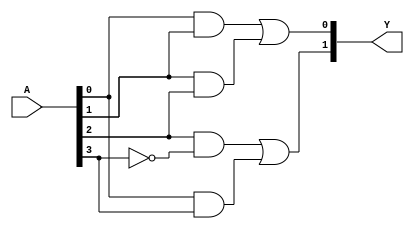
module FusedPAL (
    input wire [N-1:0] A, // N binary inputs
    output wire [M-1:0] Y // M binary outputs
);

// Parameters for the number of inputs and outputs
parameter N = 4; // Number of inputs (A1, A2, A3, A4)
parameter M = 2; // Number of outputs (Y1, Y2)

// Fixed AND gates (example configuration)
wire and_out0, and_out1, and_out2, and_out3;

// AND gate implementations (fixed connections)
assign and_out0 = A[0] & A[1];           // AND gate 0
assign and_out1 = A[1] & A[2];           // AND gate 1
assign and_out2 = A[2] & ~A[3];          // AND gate 2
assign and_out3 = A[0] & A[3];           // AND gate 3

// Programmable OR array (example configuration)
wire or_out0, or_out1;

// Example of programmable connections (can be modified for different logic functions)
assign or_out0 = and_out0 | and_out1;    // OR gate 0
assign or_out1 = and_out2 | and_out3;    // OR gate 1

// Final outputs
assign Y[0] = or_out0; // Output Y1
assign Y[1] = or_out1; // Output Y2

endmodule